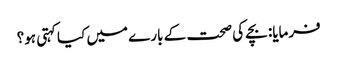
فرمایا: بچے کی صحت کے بارے میں کیا کہتی ہو؟